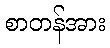
စာတန်အား